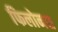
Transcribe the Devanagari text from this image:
फिलोनस